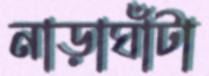
নাড়াঘাঁটা